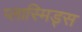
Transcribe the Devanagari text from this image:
प्लास्मिड्स